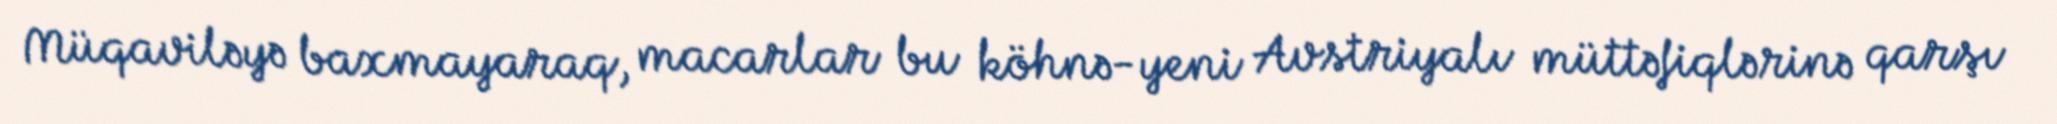
Müqaviləyə baxmayaraq, macarlar bu köhnə-yeni Avstriyalı müttəfiqlərinə qarşı